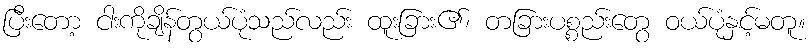
ပြီးတော့ ငါးကိုချိန်တွယ်ပုံသည်လည်း ထူးခြား၏၊ တခြားပစ္စည်းတွေ ဝယ်ပုံနှင့်မတူ။